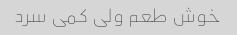
خوش طعم ولی کمی سرد